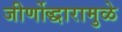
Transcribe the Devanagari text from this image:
जीर्णोद्धारामुळे